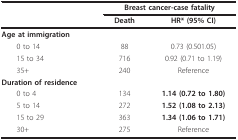
<table><thead><tr><td></td><td colspan="2"><b>Breast cancer-case fatality</b></td></tr><tr><td></td><td><b>Death</b></td><td><b>HR* (95% CI)</b></td></tr></thead><tbody><tr><td><b>Age at immigration</b></td><td></td><td></td></tr><tr><td> 0 to 14</td><td>88</td><td>0.73 (0.501.05)</td></tr><tr><td> 15 to 34</td><td>716</td><td>0.92 (0.71 to 1.19)</td></tr><tr><td> 35+</td><td>240</td><td>Reference</td></tr><tr><td><b>Duration of residence</b></td><td></td><td></td></tr><tr><td> 0 to 4</td><td>134</td><td><b>1.14 (0.72 to 1.80)</b></td></tr><tr><td> 5 to 14</td><td>272</td><td><b>1.52 (1.08 to 2.13)</b></td></tr><tr><td> 15 to 29</td><td>363</td><td><b>1.34 (1.06 to 1.71)</b></td></tr><tr><td> 30+</td><td>275</td><td>Reference</td></tr></tbody></table>